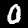
Label: 0